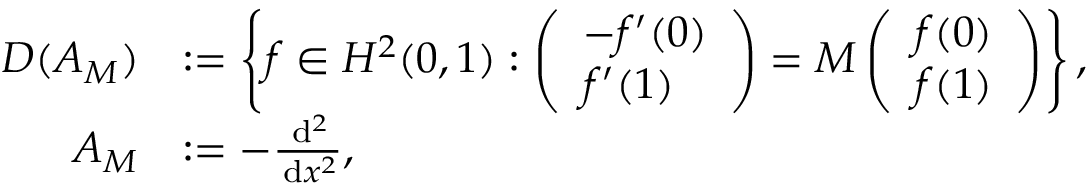
\begin{array} { r l } { D ( A _ { M } ) } & { : = \left\{ f \in H ^ { 2 } ( 0 , 1 ) : \left( \begin{array} { l } { - f ^ { \prime } ( 0 ) } \\ { f ^ { \prime } ( 1 ) } \end{array} \right) = M \left( \begin{array} { l } { f ( 0 ) } \\ { f ( 1 ) } \end{array} \right) \right\} , } \\ { A _ { M } } & { : = - \frac { \, \mathrm { d } ^ { 2 } } { \, \mathrm { d } x ^ { 2 } } , } \end{array}